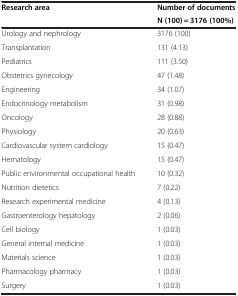
<table><thead><tr><td><b>Research area</b></td><td><b>Number of documents</b></td></tr><tr><td><b> </b></td><td><b>N (100) = 3176 (100%)</b></td></tr></thead><tbody><tr><td>Urology and nephrology</td><td>3176 (100)</td></tr><tr><td>Transplantation</td><td>131 (4.13)</td></tr><tr><td>Pediatrics</td><td>111 (3.50)</td></tr><tr><td>Obstetrics gynecology</td><td>47 (1.48)</td></tr><tr><td>Engineering</td><td>34 (1.07)</td></tr><tr><td>Endocrinology metabolism</td><td>31 (0.98)</td></tr><tr><td>Oncology</td><td>28 (0.88)</td></tr><tr><td>Physiology</td><td>20 (0.63)</td></tr><tr><td>Cardiovascular system cardiology</td><td>15 (0.47)</td></tr><tr><td>Hematology</td><td>15 (0.47)</td></tr><tr><td>Public environmental occupational health</td><td>10 (0.32)</td></tr><tr><td>Nutrition dietetics</td><td>7 (0.22)</td></tr><tr><td>Research experimental medicine</td><td>4 (0.13)</td></tr><tr><td>Gastroenterology hepatology</td><td>2 (0.06)</td></tr><tr><td>Cell biology</td><td>1 (0.03)</td></tr><tr><td>General internal medicine</td><td>1 (0.03)</td></tr><tr><td>Materials science</td><td>1 (0.03)</td></tr><tr><td>Pharmacology pharmacy</td><td>1 (0.03)</td></tr><tr><td>Surgery</td><td>1 (0.03)</td></tr></tbody></table>